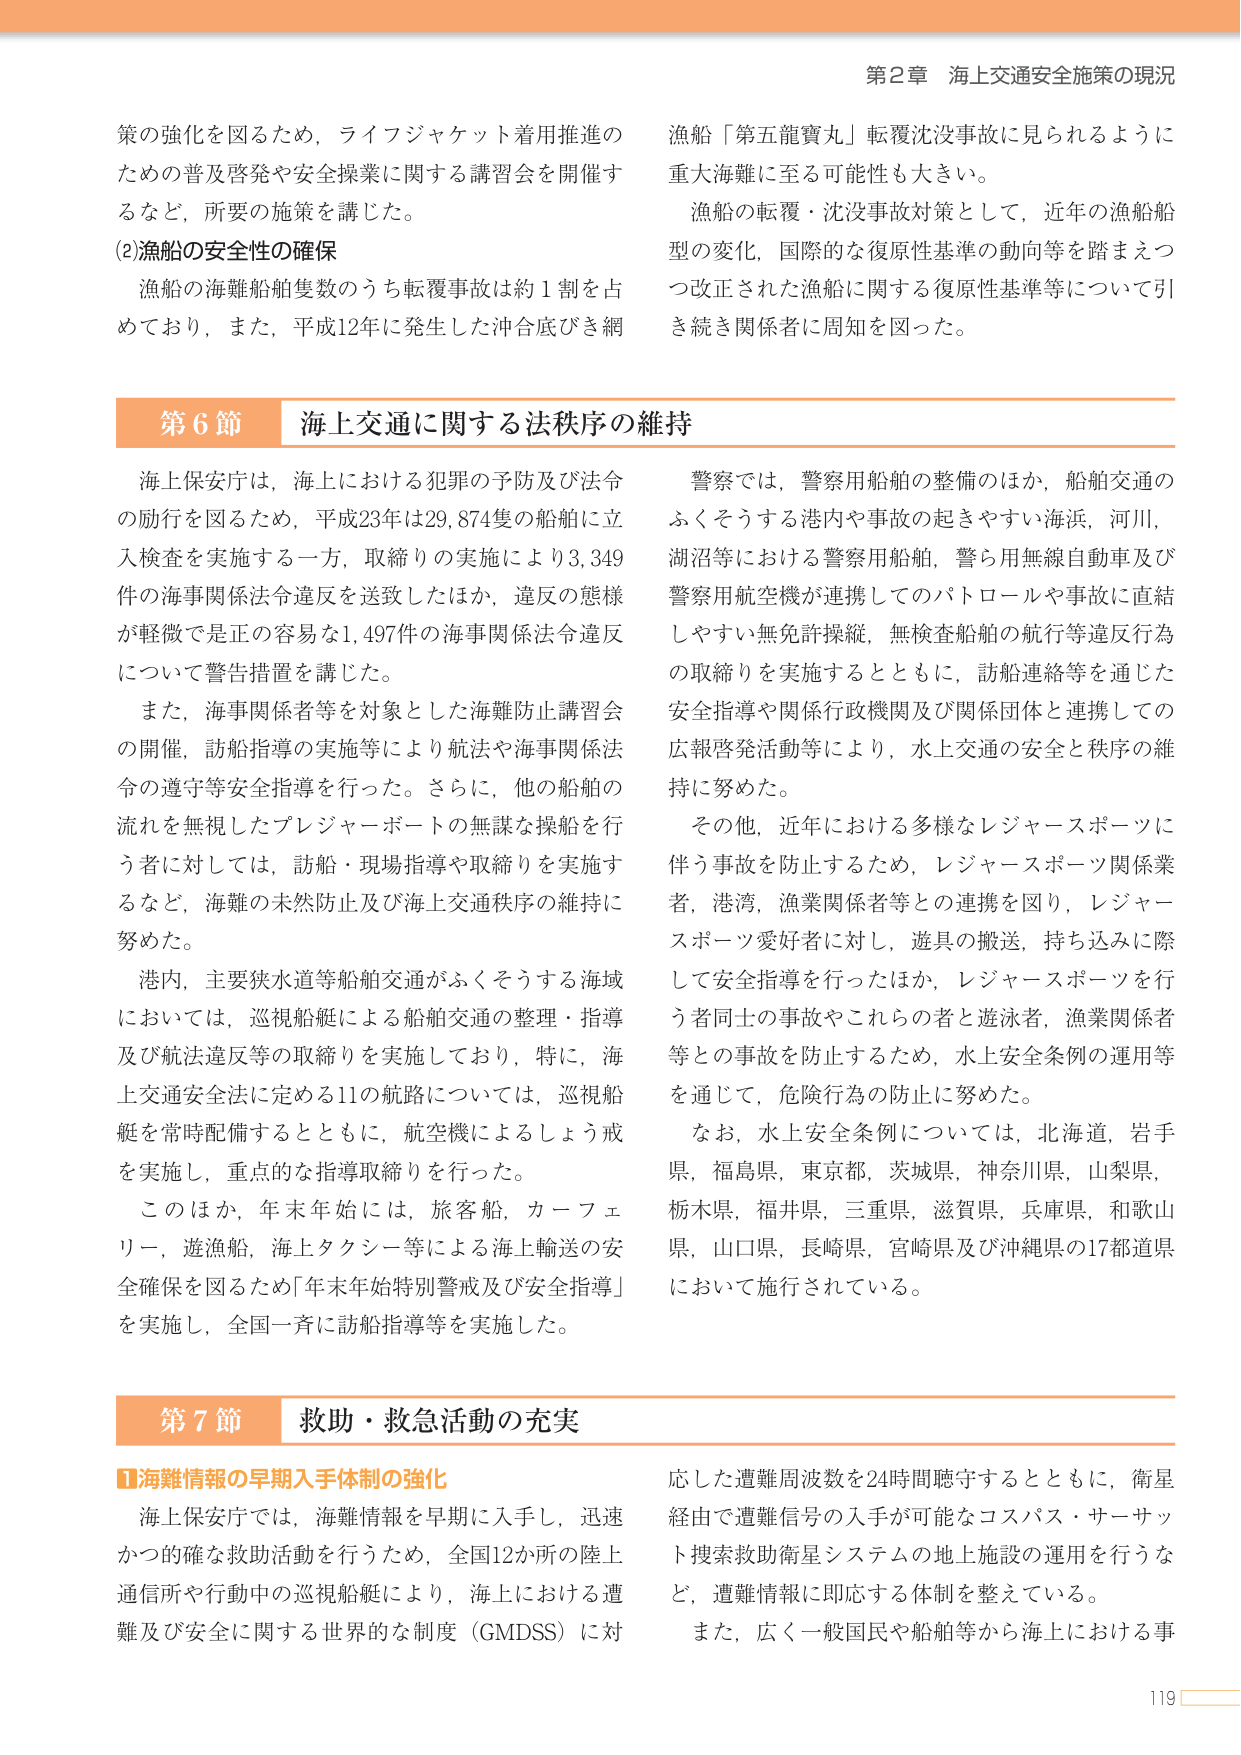
第2章 海上交通安全施策の現況

策の強化を図るため、ライフジャケット着用推進のための普及啓発や安全操業に関する講習会を開催するなど、所要の施策を講じた。

(2)漁船の安全性の確保
漁船の海難船舶隻数のうち転覆事故は約1割を占めており、また、平成12年に発生した沖合底びき網漁船「第五龍寶丸」転覆沈没事故に見られるように重大海難に至る可能性も大きい。
漁船の転覆・沈没事故対策として、近年の漁船船型の変化、国際的な復原性基準の動向等を踏まえつつ改正された漁船に関する復原性基準等について引き続き関係者に周知を図った。

第6節 海上交通に関する法秩序の維持

海上保安庁は、海上における犯罪の予防及び法令の励行を図るため、平成23年は29,874隻の船舶に立入検査を実施する一方、取締りの実施により3,349件の海事関係法令違反を送致したほか、違反の態様が軽微では正の容易な1,497件の海事関係法令違反について警告措置を講じた。
また、海事関係者等を対象とした海難防止講習会の開催、訪船指導の実施等により航法や海事関係法令の遵守等安全指導を行った。さらに、他の船舶の流れを無視したプレジャーボートの無謀な操船を行う者に対しては、訪船・現場指導や取締りを実施するなど、海難の未然防止及び海上交通秩序の維持に努めた。
港内、主要狭水道等船舶交通がふくそうする海域においては、巡視船艇による船舶交通の整理・指導及び航法違反等の取締りを実施しており、特に、海上交通安全法に定める11の航路については、巡視船艇を常時配備するとともに、航空機によるしょう戒を実施し、重点的な指導取締りを行った。
このほか、年末年始には、旅客船、カーフェリー、遊漁船、海上タクシー等による海上輸送の安全確保を図るため「年末年始特別警戒及び安全指導」を実施し、全国一斉に訪船指導等を実施した。

警察では、警察用船舶の整備のほか、船舶交通のふくそうする港内や事故の起きやすい海浜、河川、湖沼等における警察用船舶、警ら用無線自動車及び警察用航空機が連携してのパトロールや事故に直結しやすい無免許操縦、無検査船舶の航行等違反行為の取締りを実施するとともに、訪船連絡等を通じた安全指導や関係行政機関及び関係団体と連携しての広報啓発活動等により、水上交通の安全と秩序の維持に努めた。
その他、近年における多様なレジャースポーツに伴う事故を防止するため、レジャースポーツ関係業者、港湾、漁業関係者等との連携を図り、レジャースポーツ愛好者に対し、遊具の搬送、持ち込みに際して安全指導を行ったほか、レジャースポーツを行う者同士の事故やこれらの者と遊泳者、漁業関係者等との事故を防止するため、水上安全条例の運用等を通じて、危険行為の防止に努めた。
なお、水上安全条例については、北海道、岩手県、福島県、東京都、茨城県、神奈川県、山梨県、栃木県、福井県、三重県、滋賀県、兵庫県、和歌山県、山口県、長崎県、宮崎県及び沖縄県の17都道県において施行されている。

第7節 救助・救急活動の充実

■海難情報の早期入手体制の強化
海上保安庁では、海難情報を早期に入手し、迅速かつ的確な救助活動を行うため、全国12か所の陸上通信所や行動中の巡視船艇により、海上における遭難及び安全に関する世界的な制度（GMDSS）に対応した遭難周波数を24時間聴守するとともに、衛星経由で遭難信号の入手が可能なコスパス・サーサット捜索救助衛星システムの地上施設の運用を行うなど、遭難情報に即応する体制を整えている。
また、広く一般国民や船舶等から海上における事

119